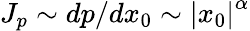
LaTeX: J_{p}\sim dp/dx_{0}\sim\left|x_{0}\right|^{\alpha}